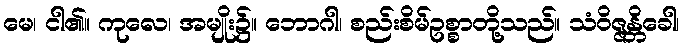
မေ၊ ငါ၏။ ကုလေ၊ အမျိုး၌။ ဘောဂါ၊ စည်းစိမ်ဥစ္စာတို့သည်။ သံဝိဇ္ဇန္တိခေါ၊